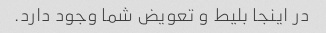
در اینجا بلیط و تعویض شما وجود دارد.